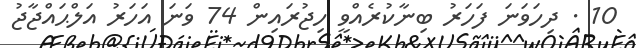
10 . ދިހަވަނަ ފަހަރު ބިނާކުރެއްވީ ހިޖުރައިން 74 ވަނަ އަހަރު އަލްޙައްޖާޖު